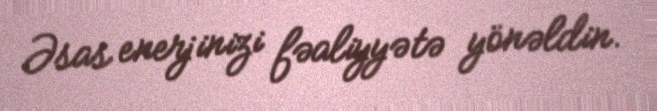
Əsas enerjinizi fəaliyyətə yönəldin.